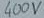
Text: 400V